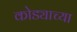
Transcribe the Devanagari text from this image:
कोड्याच्या